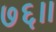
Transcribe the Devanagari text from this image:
७६।।